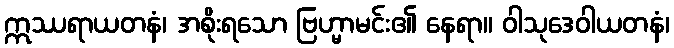
ဣဿရာယတနံ၊ အစိုးရသော ဗြဟ္မာမင်း၏ နေရာ။ ဝါသုဒေဝါယတနံ၊